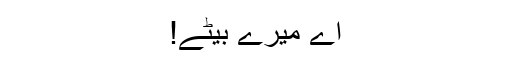
اے میرے بیٹے!